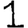
Digit: 1